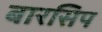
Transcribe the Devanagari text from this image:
बारसिप